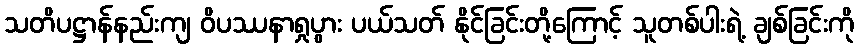
သတိပဋ္ဌာန်နည်းကျ ဝိပဿနာရှုပွား ပယ်သတ် နိုင်ခြင်းတို့ကြောင့် သူတစ်ပါးရဲ့ ချစ်ခြင်းကို